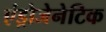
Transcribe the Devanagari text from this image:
एंड्रोजेनेटिक